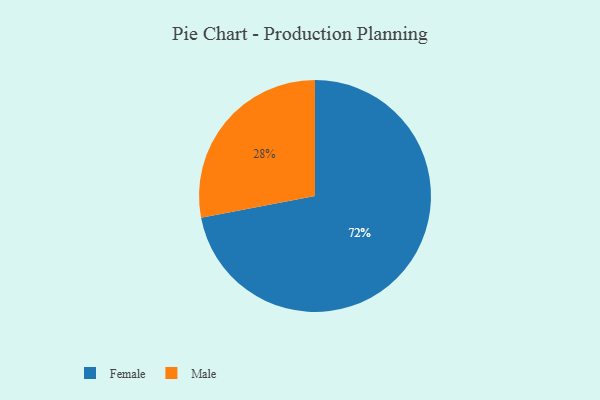
{"axis": {"x": "Category", "y": "Percentage"}, "legend": ["Female", "Male"], "data": [{"x": "Female", "y": 72, "type": "Female"}, {"x": "Male", "y": 28, "type": "Male"}]}